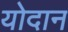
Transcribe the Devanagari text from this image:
योदान